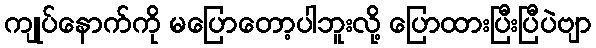
ကျုပ်နောက်ကို မပြောတော့ပါဘူးလို့ ပြောထားပြီးပြီပဲဗျာ